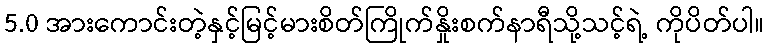
5.0 အားကောင်းတဲ့နှင့်မြင့်မားစိတ်ကြိုက်နှိုးစက်နာရီသို့သင့်ရဲ့ ကိုပိတ်ပါ။